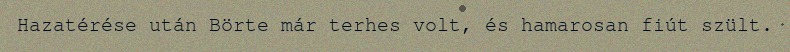
Hazatérése után Börte már terhes volt, és hamarosan fiút szült.